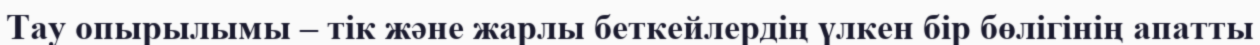
Тау опырылымы – тік және жарлы беткейлердің үлкен бір бөлігінің апатты